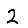
Digit: 2